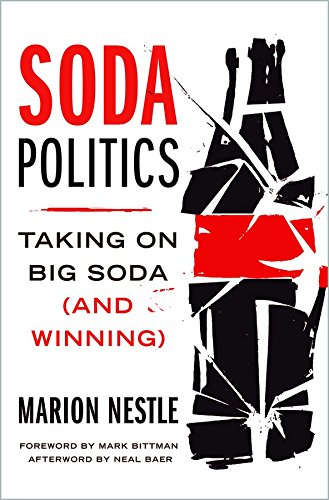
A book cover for Soda Politics: Taking on Big Soda (and Winning); Dr. Marion Nestle; Cookbooks, Food & Wine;